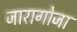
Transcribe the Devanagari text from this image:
जारागोजा